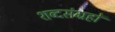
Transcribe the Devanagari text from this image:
शब्दसंग्रहों